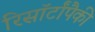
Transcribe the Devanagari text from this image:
रिसॉर्टांपैकी